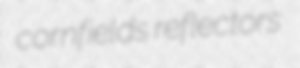
cornfields reflectors